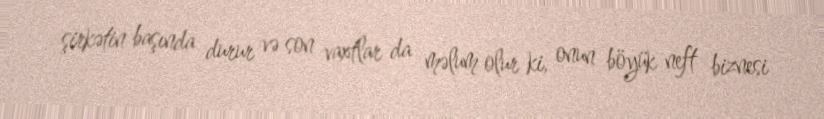
şirkətin başında durur və son vaxtlar da məlum olur ki, onun böyük neft biznesi